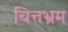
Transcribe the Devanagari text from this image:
चित्तभ्रम